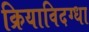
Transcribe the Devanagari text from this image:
क्रियाविदग्धा